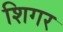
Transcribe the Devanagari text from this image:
शिगर